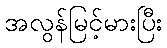
အလွန်မြင့်မားပြီး